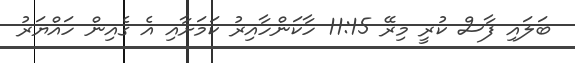
ބަލައި ފާސް ކުރީ މިރޭ 11:15 ހާކަންހާއިރު ކަމަށާއި އެ ގެއިން ހައްޔަރު